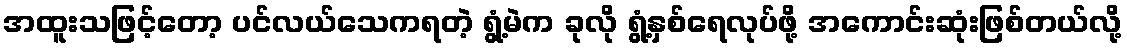
အထူးသဖြင့်တော့ ပင်လယ်သေကရတဲ့ ရွံ့မဲက ခုလို ရွံ့နှစ်ရေလုပ်ဖို့ အကောင်းဆုံးဖြစ်တယ်လို့